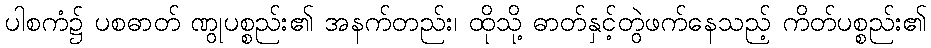
ပါစကံ၌ ပစဓာတ် ဏွုပစ္စည်း၏ အနက်တည်း၊ ထိုသို့ ဓာတ်နှင့်တွဲဖက်နေသည့် ကိတ်ပစ္စည်း၏